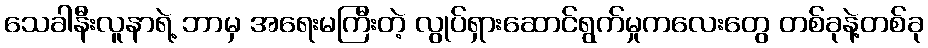
သေခါနီးလူနာရဲ့ ဘာမှ အရေးမကြီးတဲ့ လွုပ်ရှားဆောင်ရွက်မှုကလေးတွေ တစ်ခုနဲ့တစ်ခု